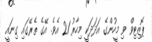
ޕޮޒިޓިވް ވި މީހުންގެ އަދަދަކީ މިހާރު 21 އެވެ. އޭގެ ތެރޭގައި ގިނައީ